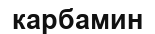
карбамин